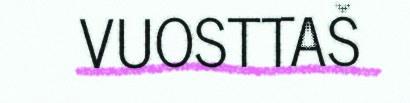
VUOSTTAŠ